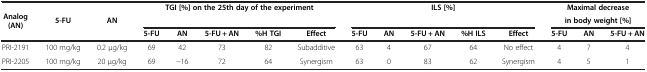
<table><thead><tr><td rowspan="3"><b>Analog (AN)</b></td><td rowspan="3"><b>5-FU</b></td><td rowspan="3"><b>AN</b></td><td rowspan="2" colspan="5"><b>TGI [%] on the 25th day of the experiment</b></td><td rowspan="2" colspan="5"><b>ILS [%]</b></td><td colspan="3"><b>Maximal decrease</b></td></tr><tr><td colspan="3"><b>in body weight [%]</b></td></tr><tr><td><b>5-FU</b></td><td><b>AN</b></td><td><b>5-FU + AN</b></td><td><b>%H TGI</b></td><td><b>Effect</b></td><td><b>5-FU</b></td><td><b>AN</b></td><td><b>5-FU + AN</b></td><td><b>%H ILS</b></td><td><b>Effect</b></td><td><b>5-FU</b></td><td><b>AN</b></td><td><b>5-FU + AN</b></td></tr></thead><tbody><tr><td>PRI-2191</td><td>100 mg/kg</td><td>0.2 μg/kg</td><td>69</td><td>42</td><td>73</td><td>82</td><td>Subadditive</td><td>63</td><td>4</td><td>67</td><td>64</td><td>No effect</td><td>4</td><td>7</td><td>4</td></tr><tr><td>PRI-2205</td><td>100 mg/kg</td><td>20 μg/kg</td><td>69</td><td>-16</td><td>72</td><td>64</td><td>Synergism</td><td>63</td><td>0</td><td>83</td><td>62</td><td>Synergism</td><td>4</td><td>5</td><td>1</td></tr></tbody></table>